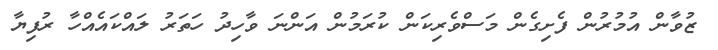
ޒުވާން އުމުރުން ފެށިގެން މަސްވެރިކަން ކުރަމުން އަންނަ ވާހިދު ހަތަރު ލައްކައެއްހާ ރުފިޔާ